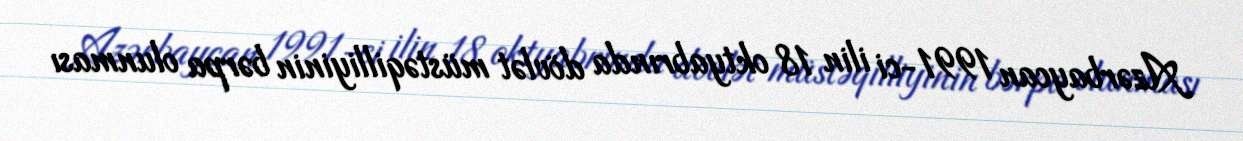
Azərbaycan 1991-ci ilin 18 oktyabrında dövlət müstəqilliyinin bərpa olunması